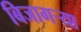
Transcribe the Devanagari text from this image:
बिजागर्‍या